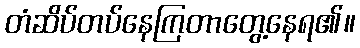
တံဆိပ်တပ်နေကြတာတွေ့နေရ၏။